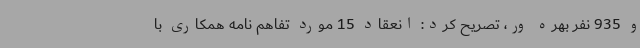
و 935 نفر بهره ور، تصریح کرد: انعقاد 15 مورد تفاهم نامه همکاری با